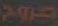
صروح